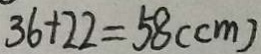
3 6 + 2 2 = 5 8 ( c m )